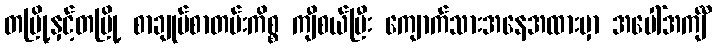
တမြို့နှင့်တမြို့ စာချုပ်စာတမ်းကိစ္စ ကျီစယ်ပြီး ကျောက်သားအနေအထားမှာ အပေါ်အင်္ကျီ